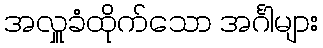
အလှူခံထိုက်သော အင်္ဂါများ